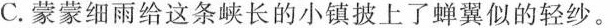
C.蒙蒙细雨给这条峡长的小镇披上了蝉翼似的轻纱。